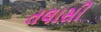
તલાસી